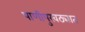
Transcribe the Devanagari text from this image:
पाणीपुरवठ्यात